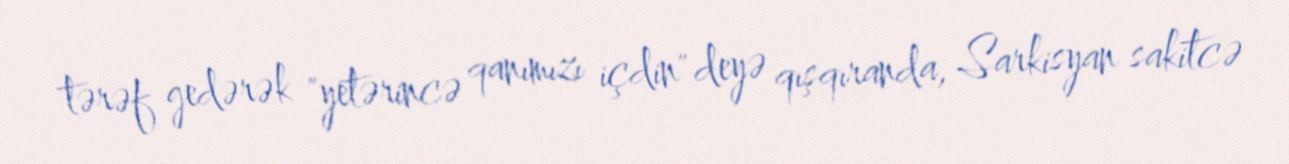
tərəf gedərək "yetərincə qanımızı içdin" deyə qışqıranda, Sarkisyan sakitcə